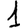
Digit: 1